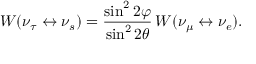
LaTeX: W ( \nu _ { \tau } \leftrightarrow \nu _ { s } ) = \frac { \sin ^ { 2 } 2 \varphi } { \sin ^ { 2 } 2 \theta } \, W ( \nu _ { \mu } \leftrightarrow \nu _ { e } ) .